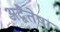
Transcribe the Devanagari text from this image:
अद्वैतेषा